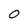
Character: O